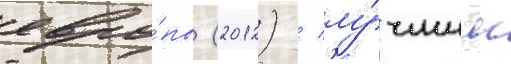
евро́пы (2012) / лу́чшим